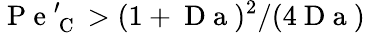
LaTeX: \mathrm{~P~e~}_{\mathrm{~C~}}^{\prime}>(1+\mathrm{~D~a~})^{2}/(4\mathrm{~D~a~})